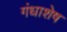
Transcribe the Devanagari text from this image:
गंधाशेष